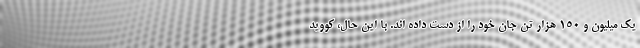
یک میلیون و ۱۵۰ هزار تن جان خود را از دست داده اند. با این حال، کووید